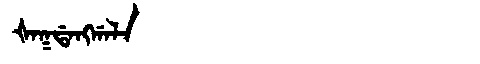
Manchu: ᡧᠠᡴᡩᠠᠩᡤᠠᠯᠠ
Romanization: ŠAKDANGGALA